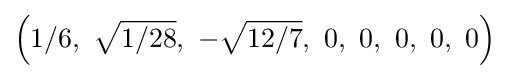
\left(1/6,\ {\sqrt {1/28}},\ -{\sqrt {12/7}},\ 0,\ 0,\ 0,\ 0,\ 0\right)